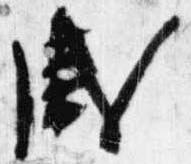
盛